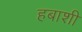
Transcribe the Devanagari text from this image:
हबाशी